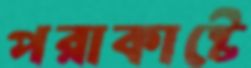
পরাকাষ্টে